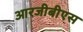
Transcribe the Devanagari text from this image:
आरजीबीएस